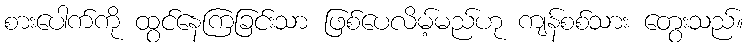
စားပေါက်ကို ထွင်နေကြခြင်းသာ ဖြစ်ပေလိမ့်မည်ဟု ကျန်စစ်သား တွေးသည်။